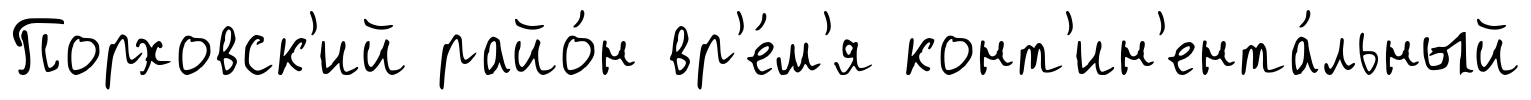
Порховск'ий райо́н вр'е́м'я конт'ин'ента́льный